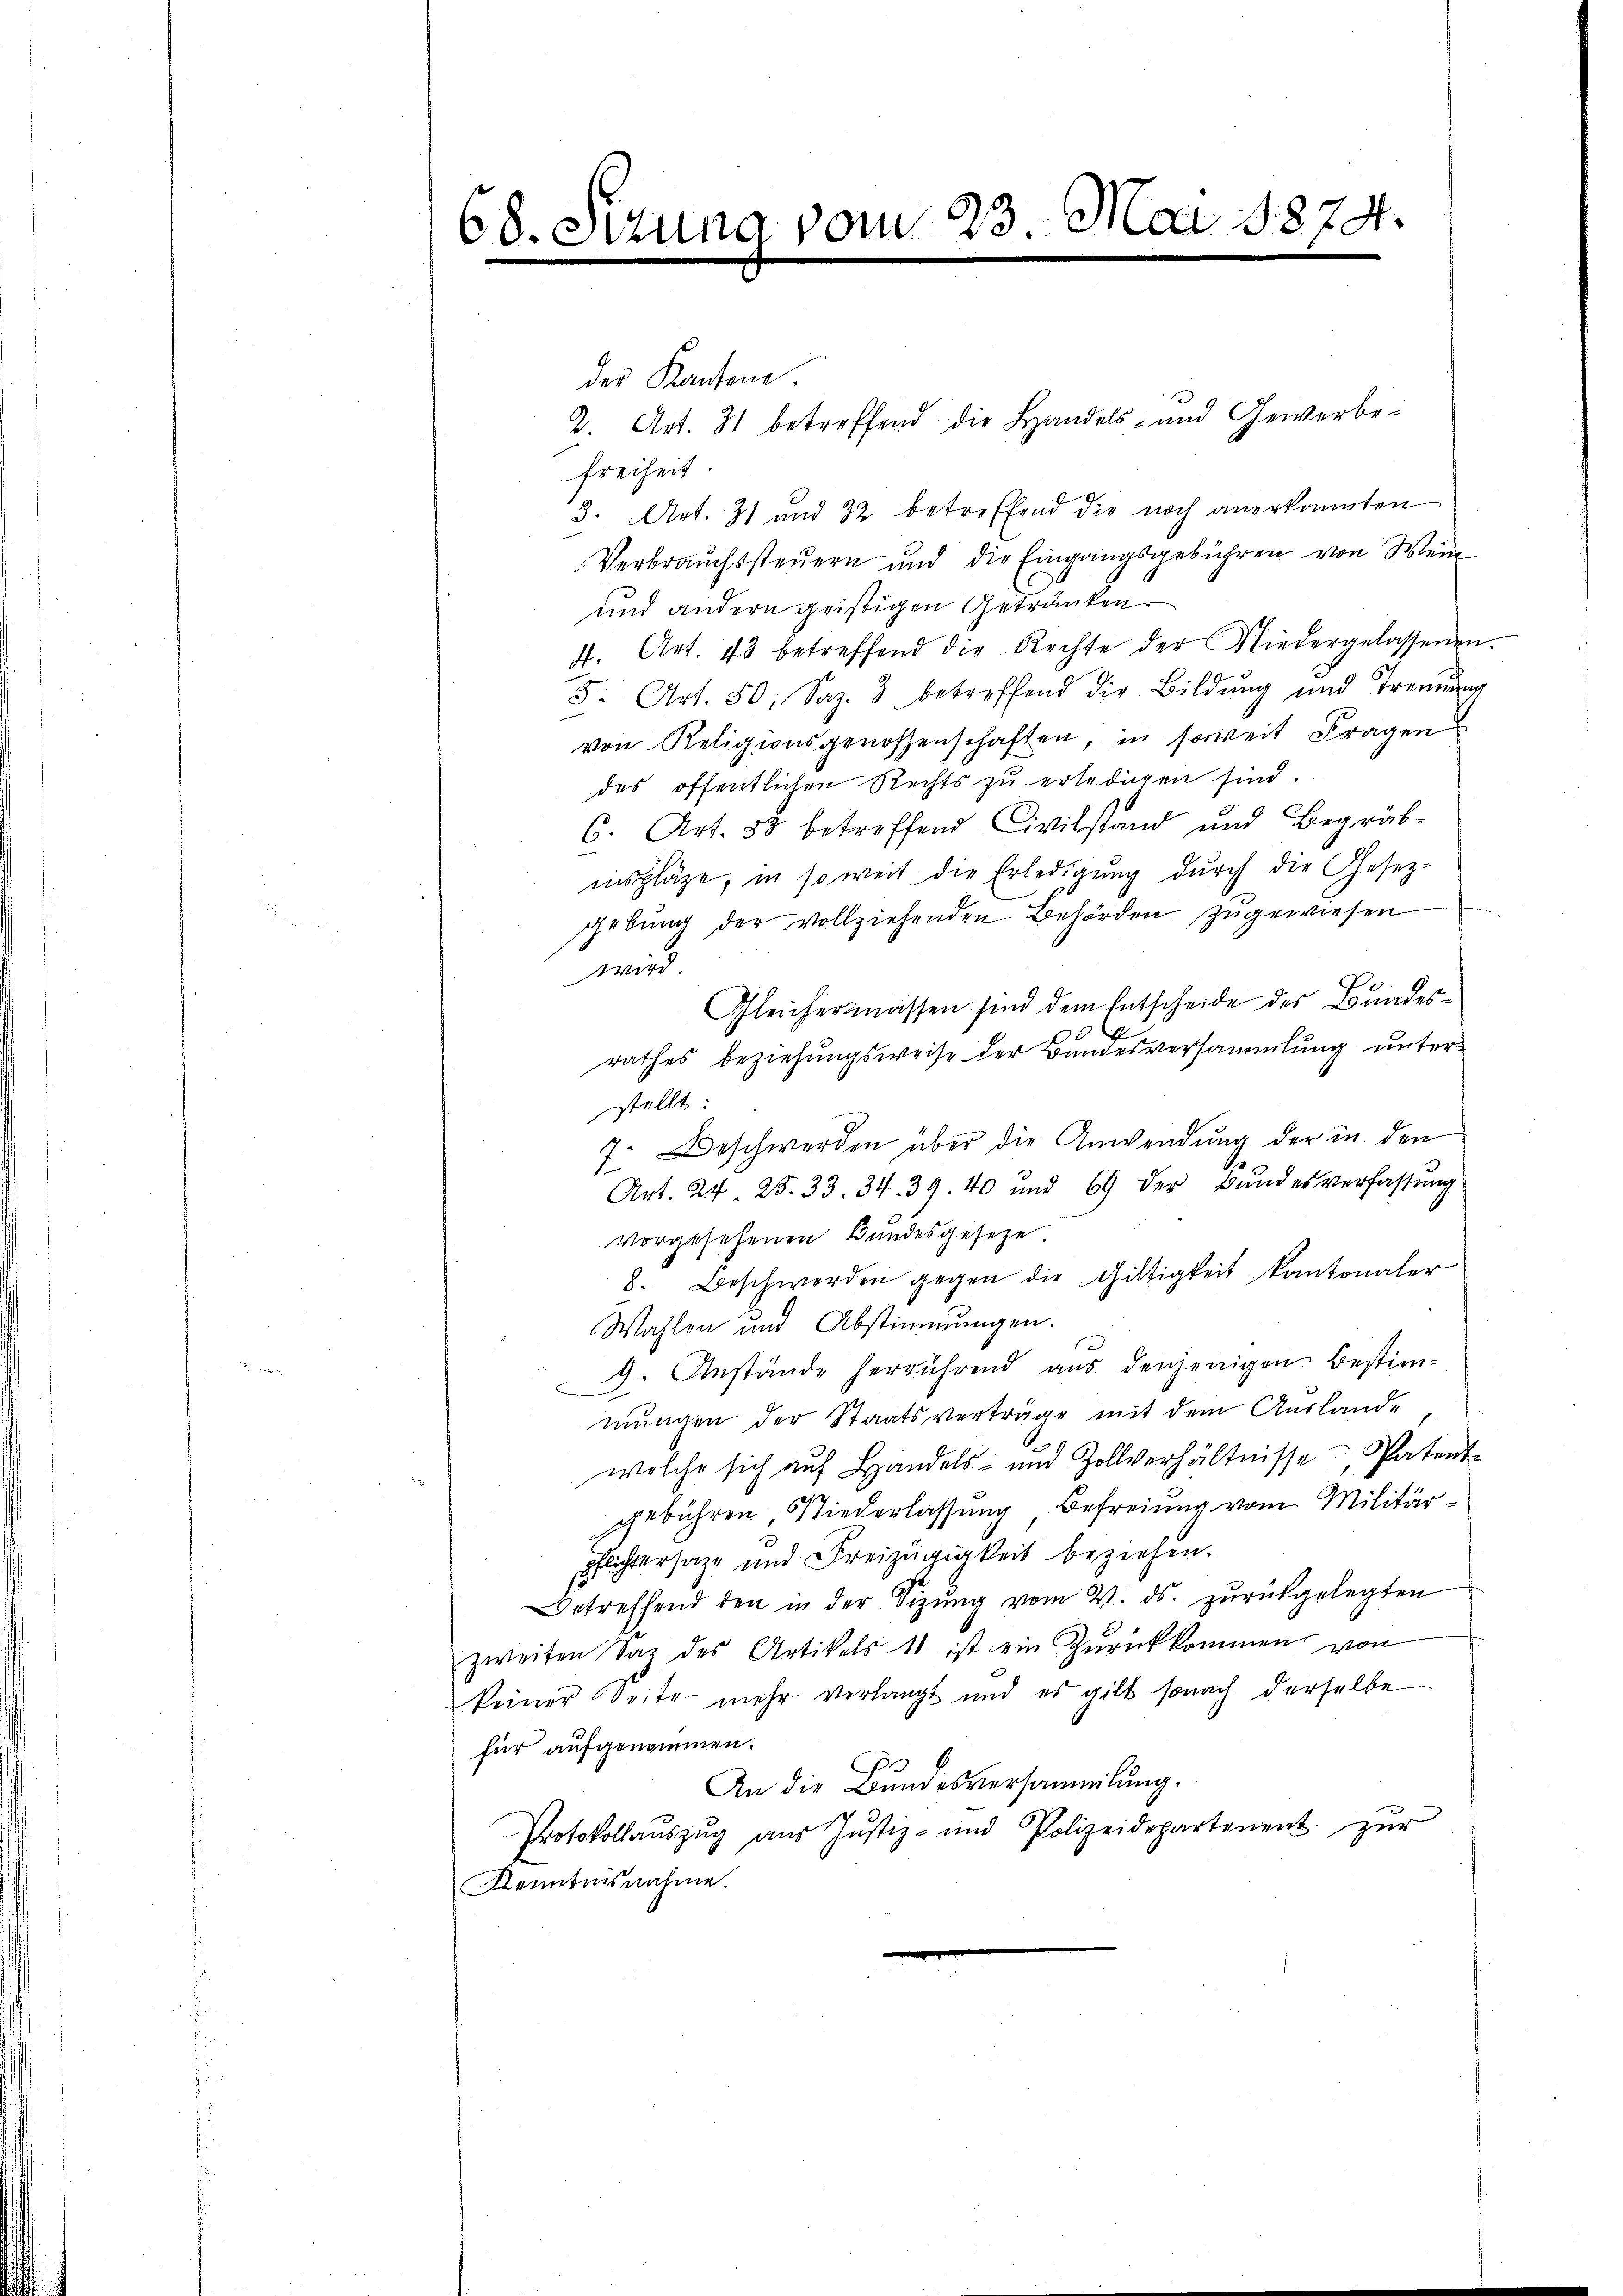
68. Strun

7 vom 23. Mai 1874.

der Kantone
2. Art. 31 betreffend die Handels- und Gewerbe-
Freiheit
3. Art. 31 und 32 betreffend die noch anerkannten
Verbrauchssteuern und die Eingangsgebühren von Wein
und andern geistigen Getränken.
f. Art. 43 betreffend die Rechte der Niedergelassenen.
F. Art. 50, Saz. 3 betreffend die Bildung und Trennung
von Religionsgenossenschaften, in soweit Fragen
des öffentlichen Rechts zu erledigen sind.
6. Art. 53 betreffend Civilstand und Begräb-
inspläge, in so weit die Erledigung dŭrch die Gesetz-
gebung der vollziehenden Behörden zugewiesen
wird
Gleichermassen sind dem Entscheide des Bundes¬
5
rathes beziehungsweise der Bundesversammlung unterstellt:
7. Beschwerden über die Anwendung der in den
Art. 24. 25. 33. 34. 39. 40 und 69 der Bŭndesverfassŭng
vorgesehenen Bundesgeseze
8. Beschwerden gegen die Giltigkeit kantonaler
Wahlen und Abstimmungen.
9. Anstände herrührend aus denjenigen Bestim-
mungen der Staatsverträge mit dem Auslande
welche sich auf Handels- und Zollverhältnisse, Patent-
gebühren Niederlassung Befreiung vom Militär¬
Pflichtersage und Freizügigkeit beziehen.
Betreffend den in der Sizŭng vom 4. ds. zŭrückgelegten
zweiten daz des Artikels 11 ist ein Zurückkommen von
keiner Seite mehr verlangt und es gilt sonach derselbe
für aufgenommen.
An die Bundesversammlung.
Protokollaŭszŭg aŭs Jŭstiz- und Polizeidepartement. zŭr
Kenntnisnahme.